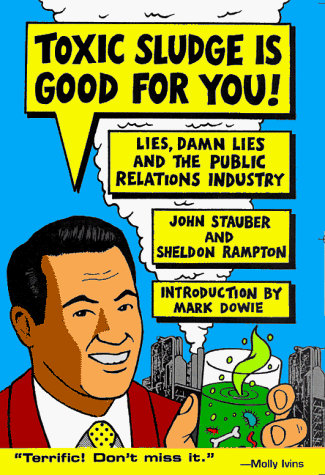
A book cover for Toxic Sludge is Good For You: Lies, Damn Lies and the Public Relations Industry; John Stauber; Business & Money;